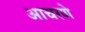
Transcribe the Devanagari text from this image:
आचरणे